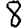
Digit: 8